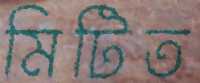
মিটিত